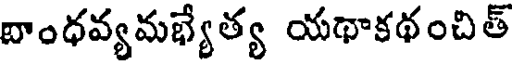
దాంధవ్యమభ్యేత్య యథాకథంచిత్